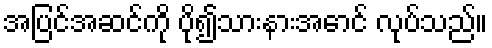
အပြင်အဆင်ကို ပို၍သားနားအောင် လုပ်သည်။